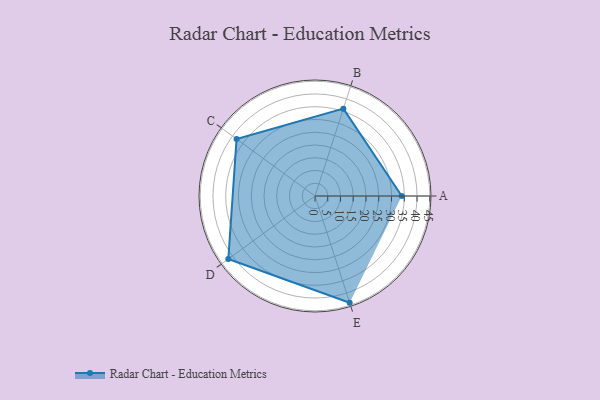
{"axis": {"x": "Skill", "y": "Score"}, "legend": ["Profile"], "data": [{"x": "A", "y": 34.0, "type": "Profile"}, {"x": "B", "y": 36.0, "type": "Profile"}, {"x": "C", "y": 38.0, "type": "Profile"}, {"x": "D", "y": 42.0, "type": "Profile"}, {"x": "E", "y": 44.0, "type": "Profile"}]}